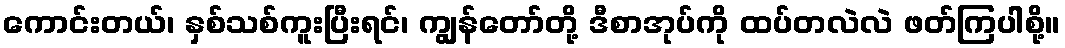
ကောင်းတယ်၊ နှစ်သစ်ကူးပြီးရင်၊ ကျွန်တော်တို့ ဒီစာအုပ်ကို ထပ်တလဲလဲ ဖတ်ကြပါစို့။